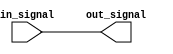
module non_inverting_buffer(
    input wire in_signal,
    output wire out_signal
);

assign out_signal = in_signal;

endmodule